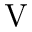
\mathrm { V }